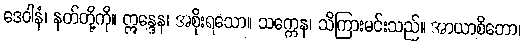
ဒေဝါနံ၊ နတ်တို့ကို။ ဣန္ဒေန၊ အစိုးရသော။ သက္ကေန၊ သိကြားမင်းသည်။ အာယာစိတော၊